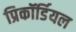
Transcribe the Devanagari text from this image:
प्रिकॉर्डियल